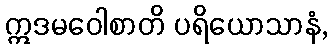
ဣဒမဝေါစာတိ ပရိယောသာနံ,